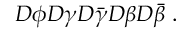
{ \cal D } \phi { \cal D } \gamma { \cal D } \bar { \gamma } { \cal D } \beta { \cal D } \bar { \beta } ~ .